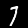
Digit: 7